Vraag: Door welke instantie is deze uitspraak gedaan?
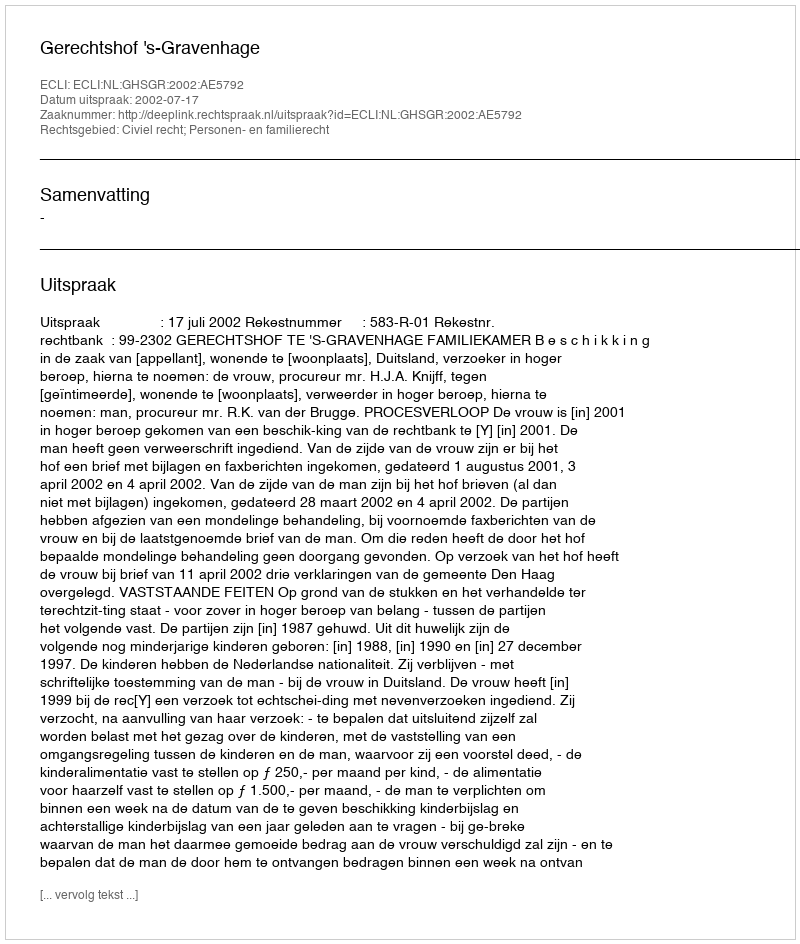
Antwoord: Gerechtshof 's-Gravenhage